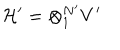
LaTeX: { \cal H ^ { \prime } } = \otimes _ { 1 } ^ { N ^ { \prime } } V ^ { \prime }